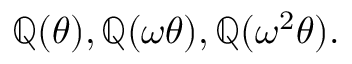
\mathbb { Q } ( \theta ) , \mathbb { Q } ( \omega \theta ) , \mathbb { Q } ( \omega ^ { 2 } \theta ) .